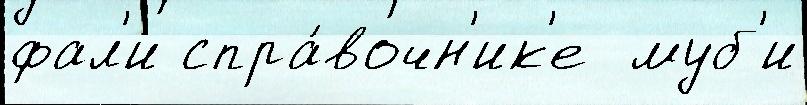
фал'и спра́вочн'ик'е  муб'и